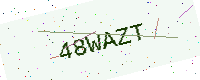
Text: 48WAZT